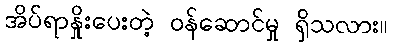
အိပ်ရာနှိုးပေးတဲ့ ဝန်ဆောင်မှု ရှိသလား။